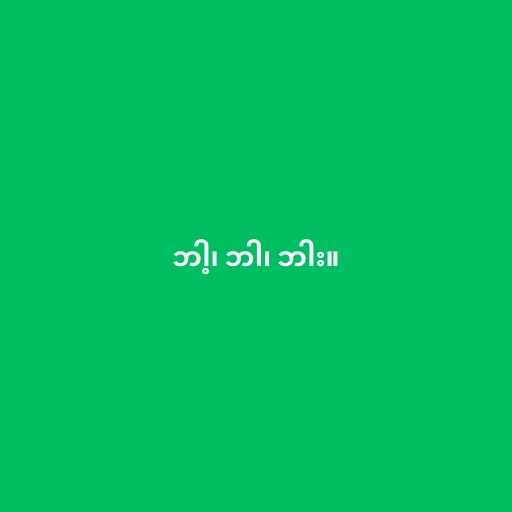
ဘါ့၊ ဘါ၊ ဘါး။